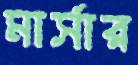
মার্সার